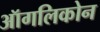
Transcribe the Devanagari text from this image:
ऑगलिकोन